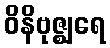
ဝိနိဗုဇ္ဈရေ